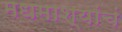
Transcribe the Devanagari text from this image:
मधमाश्यांचं